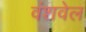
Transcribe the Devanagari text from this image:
वंशवेल